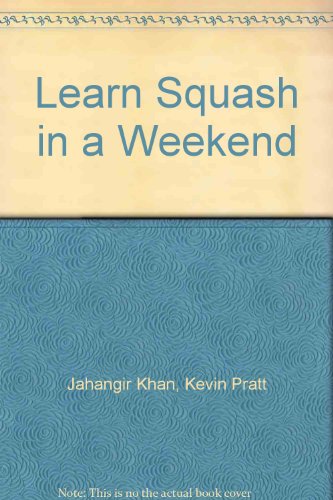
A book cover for Learn Squash in a Weekend; Jahangir Khan; Sports & Outdoors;